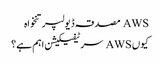
AWS مصدقہ ڈیولپر تنخواہ
کیوں AWS سرٹیفیکیشن اہم ہے؟